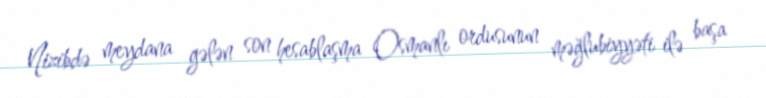
Nizibdə meydana gələn son hesablaşma Osmanlı ordusunun məğlubiyyəti ilə başa